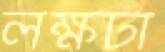
লক্ষটা